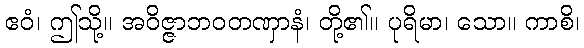
ဧဝံ၊ ဤသို့။ အဝိဇ္ဇာဘဝတဏှာနံ၊ တို့၏။ ပုရိမာ၊ သော။ ကာစိ၊